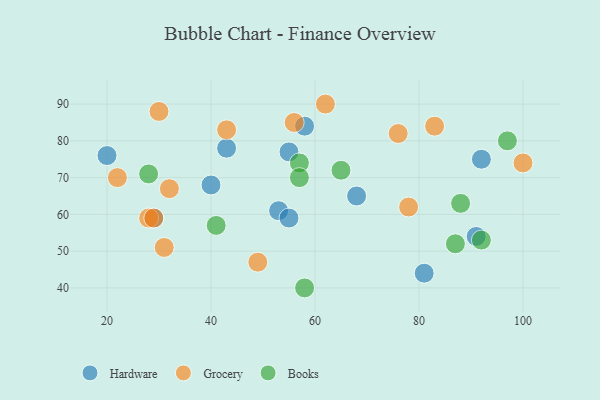
{"axis": {"x": "GDP", "y": "Life Expectancy"}, "legend": ["Books", "Grocery", "Hardware"], "data": [{"x": "20", "y": 76, "type": "Hardware"}, {"x": "81", "y": 44, "type": "Hardware"}, {"x": "40", "y": 68, "type": "Hardware"}, {"x": "43", "y": 78, "type": "Hardware"}, {"x": "58", "y": 84, "type": "Hardware"}, {"x": "92", "y": 75, "type": "Hardware"}, {"x": "91", "y": 54, "type": "Hardware"}, {"x": "55", "y": 77, "type": "Hardware"}, {"x": "53", "y": 61, "type": "Hardware"}, {"x": "29", "y": 59, "type": "Hardware"}, {"x": "68", "y": 65, "type": "Hardware"}, {"x": "55", "y": 59, "type": "Hardware"}, {"x": "31", "y": 51, "type": "Grocery"}, {"x": "56", "y": 85, "type": "Grocery"}, {"x": "76", "y": 82, "type": "Grocery"}, {"x": "28", "y": 59, "type": "Grocery"}, {"x": "49", "y": 47, "type": "Grocery"}, {"x": "30", "y": 88, "type": "Grocery"}, {"x": "62", "y": 90, "type": "Grocery"}, {"x": "43", "y": 83, "type": "Grocery"}, {"x": "22", "y": 70, "type": "Grocery"}, {"x": "83", "y": 84, "type": "Grocery"}, {"x": "100", "y": 74, "type": "Grocery"}, {"x": "29", "y": 59, "type": "Grocery"}, {"x": "78", "y": 62, "type": "Grocery"}, {"x": "32", "y": 67, "type": "Grocery"}, {"x": "65", "y": 72, "type": "Books"}, {"x": "92", "y": 53, "type": "Books"}, {"x": "57", "y": 74, "type": "Books"}, {"x": "97", "y": 80, "type": "Books"}, {"x": "41", "y": 57, "type": "Books"}, {"x": "57", "y": 70, "type": "Books"}, {"x": "58", "y": 40, "type": "Books"}, {"x": "88", "y": 63, "type": "Books"}, {"x": "28", "y": 71, "type": "Books"}, {"x": "87", "y": 52, "type": "Books"}]}